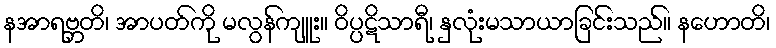
နအာရဗ္ဘတိ၊ အာပတ်ကို မလွန်ကျူး။ ဝိပ္ပဋိသာရီ၊ နှလုံးမသာယာခြင်းသည်။ နဟောတိ၊